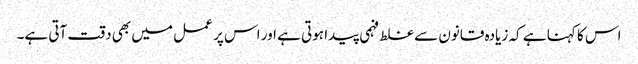
اس کا کہنا ہے کہ زیادہ قانون سے غلط فہمی پیدا ہوتی ہے اور اس پر عمل میں بھی دقت آتی ہے۔